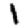
Digit: 1